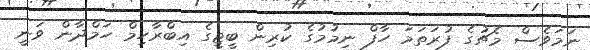
ނަމަވެސް މެޗުގެ ފުރަތަމަ ހާފް ނިމުމުގެ ކުރިން ބީޖީގެ އިބްރާހިމް ހަމްދާން ވަނީ